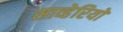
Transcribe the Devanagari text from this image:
साव्हेरियो